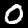
Label: 0